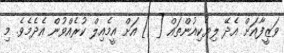
ވަޒީފާއަށް އެދޭ ލިޔެކިއުންތައް [ ] އަށް އީމެއިލް ކުރެއްވުން އެދެމެވެ. މި